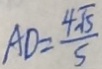
A D = \frac { 4 \sqrt { 5 } } { 5 }